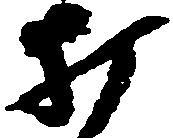
打